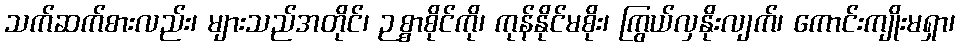
သက်ဆက်စားလည်း၊ များသည်အတိုင်၊ ဉစ္စာစိုင်ကို၊ ကုန်နိုင်မစိုး၊ ကြွယ်လှနိုးလျက်၊ ကောင်းကျိုးမရှာ၊